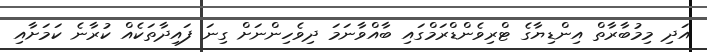
އަދި މިމުބާރާތް އިންޑިޔާގެ ޓްރިވެންޑްރަމްގައި ބާއްވާނަމަ ދިވެހިންނަށް ގިނަ ފައިދާތަކެއް ކުރާނެ ކަމަށާއި